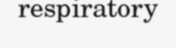
respiratory